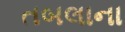
તબલાના